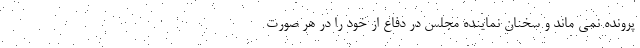
پرونده نمی ماند و سخنان نماینده مجلس در دفاع از خود را در هر صورت